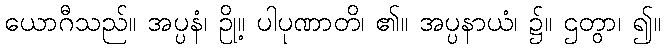
ယောဂီသည်။ အပ္ပနံ၊ ဥို့။ ပါပုဏာတိ၊ ၏။ အပ္ပနာယံ၊ ၌။ ဌတွာ၊ ၍။